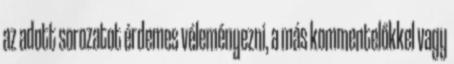
az adott sorozatot érdemes véleményezni, a más kommentelőkkel vagy